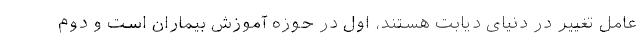
عامل تغییر در دنیای دیابت هستند، اول در حوزه آموزش بیماران است و دوم